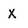
Character: X